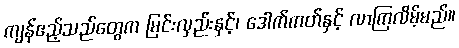
ကျန်ဧည့်သည်တွေက မြင်းလှည်းနှင့်၊ ဒေါက်ကတ်နှင့် လာကြလိမ့်မည်။